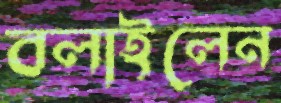
বলাইলেন